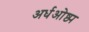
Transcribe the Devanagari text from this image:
अर्धओष्ठ्य